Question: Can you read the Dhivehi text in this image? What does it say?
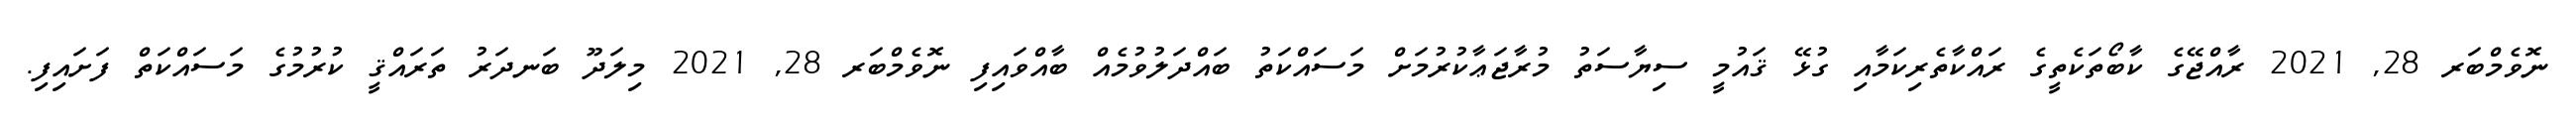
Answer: ނޮވެމްބަރ 28, 2021 ރާއްޖޭގެ ކާބޯތަކެތީގެ ރައްކާތެރިކަމާއި ގުޅޭ ޤައުމީ ސިޔާސަތު މުރާޖަޢާކުރުމަށް މަސައްކަތު ބައްދަލުވުމެއް ބާއްވައިފި ނޮވެމްބަރ 28, 2021 މިލަދޫ ބަނދަރު ތަރައްޤީ ކުރުމުގެ މަސައްކަތް ފަށައިފި.